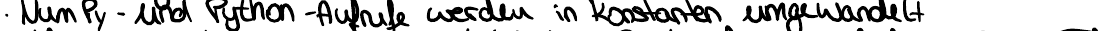
NumPy - und Python - Aufrufe werden in Konstanten umgewandelt